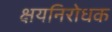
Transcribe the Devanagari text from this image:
क्षयनिरोधक